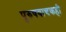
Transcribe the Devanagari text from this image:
पुरुषवाचकही